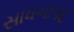
સાધનાપદ